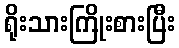
ရိုးသားကြိုးစားပြီး